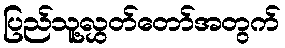
ပြည်သူ့လွှတ်တော်အတွက်